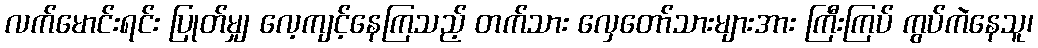
လက်မောင်းရင်း ပြုတ်မျှ လေ့ကျင့်နေကြသည့် တက်သား လှေတော်သားများအား ကြီးကြပ် ကွပ်ကဲနေသူ၊